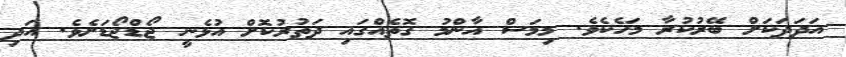
އަދަދަކަށް ބޭރުކުރާ މަހެކެވެ. މިމަސް އާންމު ގޮތެއްގައި ދަތުރުކޮށް އުޅެނީ ޖޯޑްޖޯޑަށެވެ. އަދި